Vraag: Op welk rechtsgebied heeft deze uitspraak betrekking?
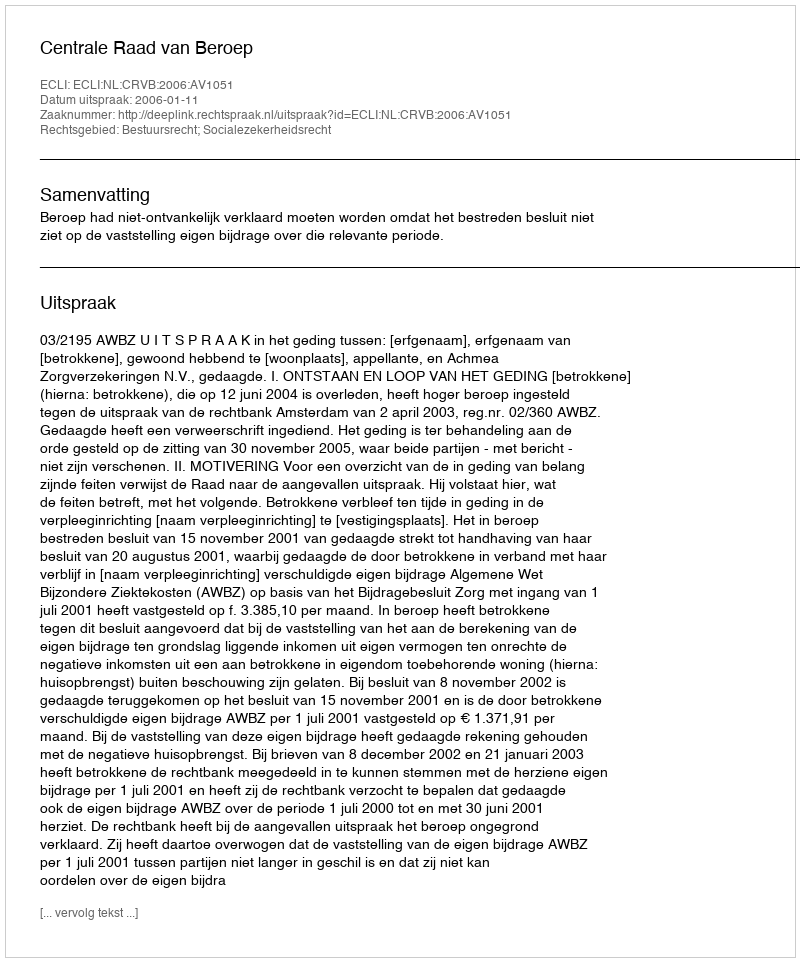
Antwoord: Bestuursrecht; Socialezekerheidsrecht